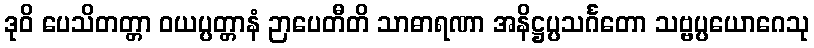
ဒုဝိ ပေသိတတ္တာ ဝယပ္ပတ္တာနံ ဉာပေတီတိ သာဓာရဏာ အနိဋ္ဌပ္ပသင်္ဂတော သဗ္ဗပ္ပယောဂေသု